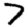
Digit: 7